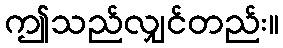
ဤသည်လျှင်တည်း။